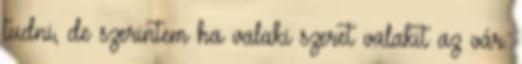
tudni, de szerintem ha valaki szeret valakit az vár.